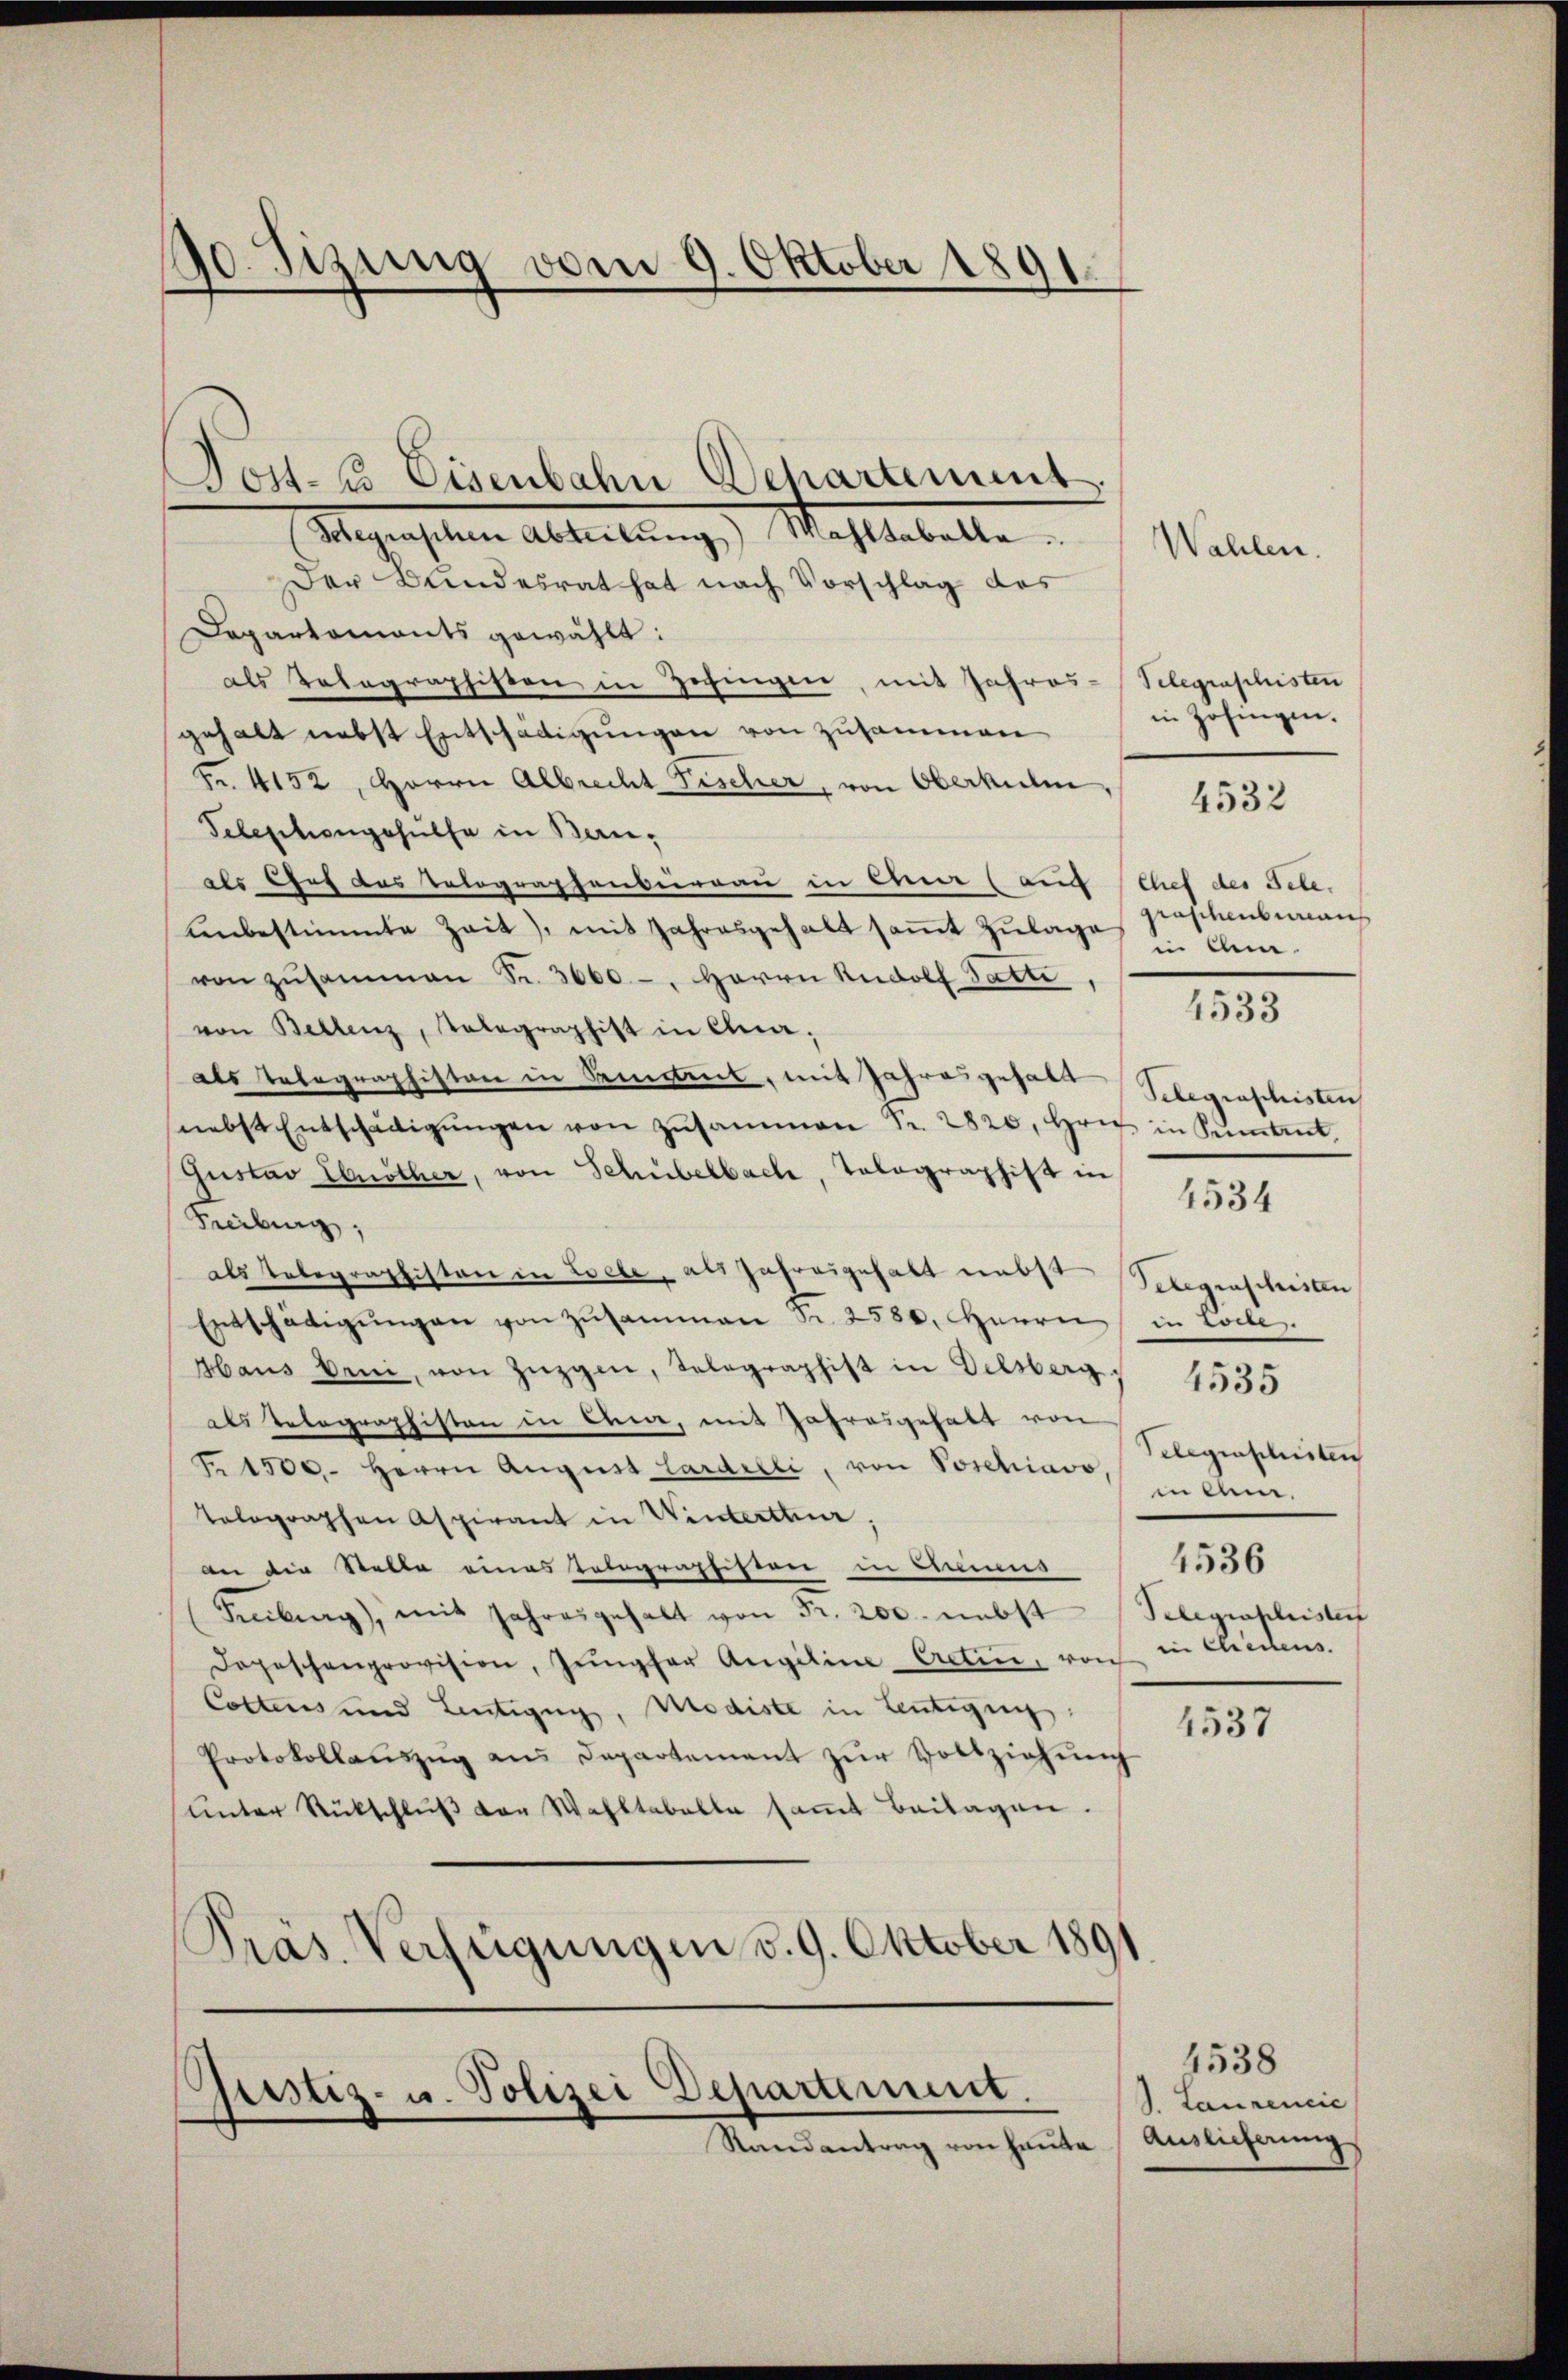
90. Sizung vom 9. Oktober 1891.

Tost- u Eisenbahn Departement.
Magenschen Abteilung), Mahlhabelle
Der Bundesrat hat nach Vorschlag des
Daparkomants gewählt:
als Telegraphisten in Zofingen, mit Jahres-Telegraschisten
gehalt nebst Entschädigungen von zusammen
Fr. 4152, Herrn Albrecht Fischer, von Oberkulin,
Telephongehülfe in Bauo Chef das Relegraphenbeirrau in Chur (auf Chef des Fele.
unbestimmte Zeit), mit Jahresgehalt saṁt Zŭlage
von zŭsammen Fr. 3660.-, Herrn Rudolf Gatti,
von Bellenz, Telegraphist in Ana-
als Telegraphisten in Kistet, mit Jahresgehalt
nebst Entschädigŭngen von Zŭsammen Fr. 2820, Hrn. in Sentent
Gustav Ebnöther, von Schübelbach, Tolographist in
Freiburg,
als Telegraphiston in Esele, als Jahresgehalt nebst Belegenschilen
Entschädigungen von Zusammen Fr. 2580. Herrn in Todes
Abaus beni, von Zügen, Selographist in Delsberg
als Telegraphisten in Arme, mit Jahresgehalt von
Fr 1500. Herrn August Cardelli, von Poschiavo, in Ann
tolographen Aspirant in Winterttuar,
an die Stelle eines Telegraphistern in Beimus
Freiburg), mit Jahresgehalt von Fr. 200. nebst Telegrapherister
Dogeschenprovision, Jŭngfer Angeline Cretine, von in cleitens.
Collens und Lentigung, Modiste in Leutigung
Protokollaŭszŭg ans Departement zŭr Vollziehung
unter Rückschluß von Wahltabelle sammt Beilagen.
Präs. Verfügungen v. 9. Oktober 1891

.
Vestiz- u. Polizei Departement.
Randantrag von Hauta

Wahlen.

in Zofingen.

4532

graschenbureaus
in Un¬

4533

Gelegenschisten

4534

Gelegenschristen
4536

4535

1537

4538
J. Laupencie
Auslieferung